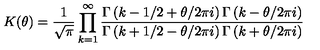
K ( \theta ) = \frac { 1 } { \sqrt { \pi } } \prod _ { k = 1 } ^ { \infty } \frac { \Gamma \left( k - 1 / 2 + \theta / 2 \pi i \right) \Gamma \left( k - \theta / 2 \pi i \right) } { \Gamma \left( k + 1 / 2 - \theta / 2 \pi i \right) \Gamma \left( k + \theta / 2 \pi i \right) }